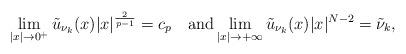
LaTeX: \begin{align*} \lim_{|x|\to0^+} \tilde u_{\nu_{k}}(x)|x|^{\frac{2}{p-1}}=c_p\quad{\rm and}\lim_{|x|\to+\infty}\tilde u_{\nu_{k}}(x)|x|^{N-2}=\tilde \nu_{k}, \end{align*}